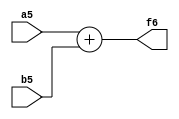
`timescale 1ns / 1ps
//////////////////////////////////////////////////////////////////////////////////
// Company: 
// Engineer: 
// 
// Design Name: 
// Module Name:    ADD_5Bit 
// Project Name: 
// Target Devices: 
// Tool versions: 
// Description: 
//
// Dependencies: 
//
// Revision: 
// Revision 0.01 - File Created
// Additional Comments: 
//
//////////////////////////////////////////////////////////////////////////////////
module ADD_5Bit(a5,b5,f6);
	input [4:0] a5;
	input [4:0] b5;
	output [5:0] f6;
	assign f6=a5 + b5;
endmodule